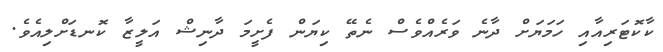
ކާކޮޓަރިއާއި ހަމަޔަށް ދާނެ ވަރެއްވެސް ނެތޭ ކިޔަން ފެށީމަ ދާނިޝް އަލީޒާ ކޮނޑަށްލިއެވެ.